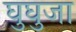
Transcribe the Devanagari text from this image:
घुघुजा